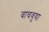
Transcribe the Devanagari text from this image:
वाचवुया